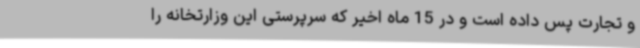
و تجارت پس داده است و در 15 ماه اخیر که سرپرستی این وزارتخانه را